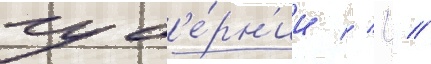
губ'е́рн'ии // Ч //